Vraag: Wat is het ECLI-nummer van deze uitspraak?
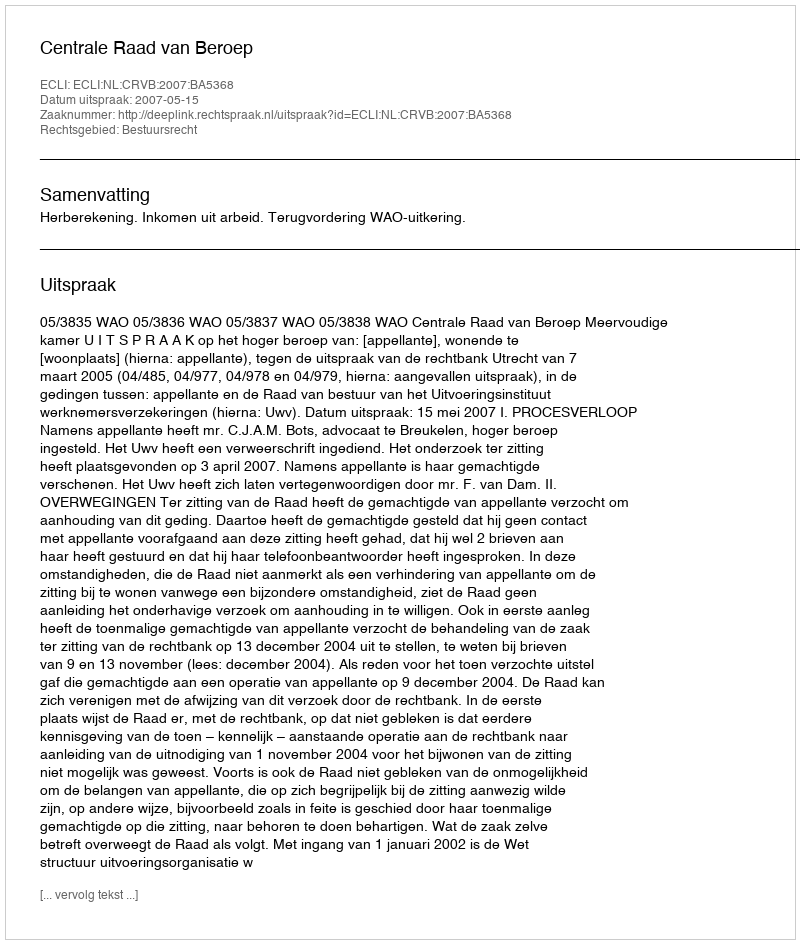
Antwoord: ECLI:NL:CRVB:2007:BA5368